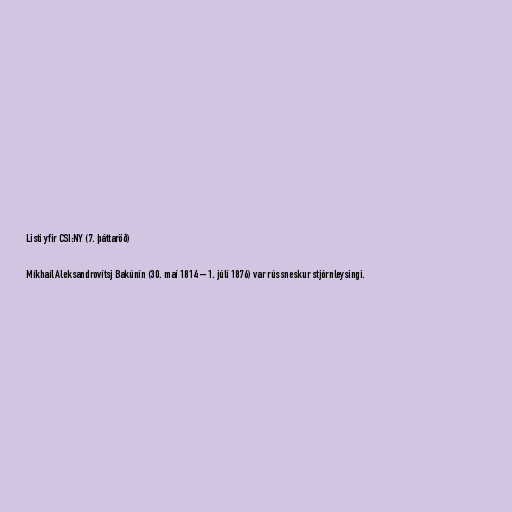
Listi yfir CSI:NY (7. þáttaröð)

Míkhaíl Aleksandrovítsj Bakúnín (30. maí 1814 – 1. júlí 1876) var rússneskur stjórnleysingi.